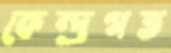
কেন্দ্রগত